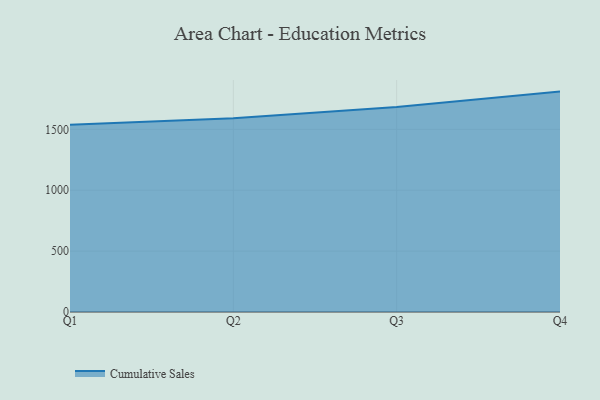
{"axis": {"x": "Quarter", "y": "Shipments"}, "legend": ["Cumulative Sales"], "data": [{"x": "Q1", "y": 1537.0, "type": "Cumulative Sales"}, {"x": "Q2", "y": 1590.1, "type": "Cumulative Sales"}, {"x": "Q3", "y": 1683.9, "type": "Cumulative Sales"}, {"x": "Q4", "y": 1809.8, "type": "Cumulative Sales"}]}